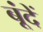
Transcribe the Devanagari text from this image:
बूंंदें